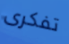
تفكرى